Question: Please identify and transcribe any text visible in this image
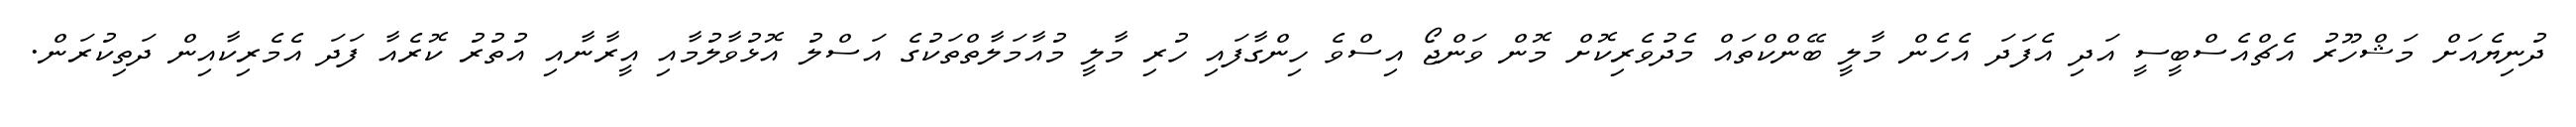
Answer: ދުނިޔެއަށް މަޝްހޫރު އެޗްއެސްބީސީ އަދި އެފަދަ އެހެން މާލީ ބޭންކްތައް މެދުވެރިކޮށް މޮން ވަންޖޯ އިސްވެ ހިންގާފައި ހުރި މާލީ މުއާމަލާތްތަކުގެ އަސްލު އޮޅުވާލުމާއި އީރާނާއި އުތުރު ކޮރެއާ ފަދަ އެމެރިކާއިން ދަތިކުރަން.